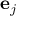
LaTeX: \mathbf { e } _ { j }